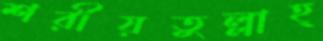
শরীয়তুল্লাহ্